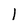
Character: 1